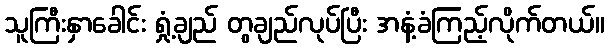
သူကြီးနှာခေါင်း ရှုံ့ချည် တွချည်လုပ်ပြီး အနံ့ခံကြည့်လိုက်တယ်။